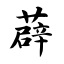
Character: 薜